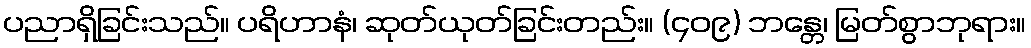
ပညာရှိခြင်းသည်။ ပရိဟာနံ၊ ဆုတ်ယုတ်ခြင်းတည်း။ (၄၀၉) ဘန္တေ၊ မြတ်စွာဘုရား။